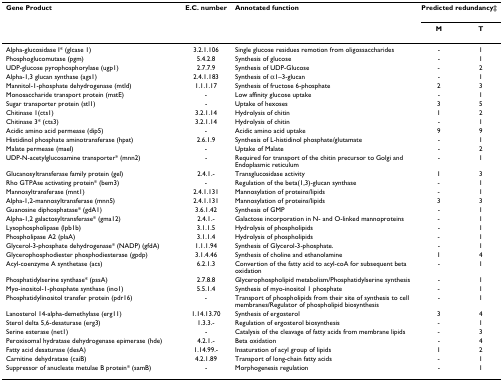
<table><thead><tr><td><b>Gene Product</b></td><td><b>E.C. number</b></td><td><b>Annotated function</b></td><td colspan="2"><b>Predicted redundancy‡</b></td></tr><tr><td></td><td></td><td></td><td><b>M</b></td><td><b>T</b></td></tr></thead><tbody><tr><td>Alpha-glucosidase I* (glcase 1)</td><td>3.2.1.106</td><td>Single glucose residues remotion from oligossaccharides</td><td>-</td><td>1</td></tr><tr><td>Phosphoglucomutase (pgm)</td><td>5.4.2.8</td><td>Synthesis of glucose</td><td>-</td><td>1</td></tr><tr><td>UDP-glucose pyrophosphorylase (ugp1)</td><td>2.7.7.9</td><td>Synthesis of UDP-Glucose</td><td>-</td><td>2</td></tr><tr><td>Alpha-1,3 glucan synthase (ags1)</td><td>2.4.1.183</td><td>Synthesis of α1–3-glucan</td><td>-</td><td>1</td></tr><tr><td>Mannitol-1-phosphate dehydrogenase (mtld)</td><td>1.1.1.17</td><td>Synthesis of fructose 6-phosphate</td><td>2</td><td>3</td></tr><tr><td>Monosaccharide transport protein (mstE)</td><td>-</td><td>Low affinity glucose uptake</td><td>-</td><td>1</td></tr><tr><td>Sugar transporter protein (stl1)</td><td>-</td><td>Uptake of hexoses</td><td>3</td><td>5</td></tr><tr><td>Chitinase 1(cts1)</td><td>3.2.1.14</td><td>Hydrolysis of chitin</td><td>1</td><td>2</td></tr><tr><td>Chitinase 3* (cts3)</td><td>3.2.1.14</td><td>Hydrolysis of chitin</td><td>-</td><td>1</td></tr><tr><td>Acidic amino acid permease (dip5)</td><td>-</td><td>Acidic amino acid uptake</td><td>9</td><td>9</td></tr><tr><td>Histidinol phosphate aminotransferase (hpat)</td><td>2.6.1.9</td><td>Synthesis of L-histidinol phosphate/glutamate</td><td>-</td><td>1</td></tr><tr><td>Malate permease (mael)</td><td>-</td><td>Uptake of Malate</td><td>-</td><td>2</td></tr><tr><td>UDP-N-acetylglucosamine transporter* (mnn2)</td><td>-</td><td>Required for transport of the chitin precursor to Golgi and Endoplasmic reticulum</td><td>-</td><td>1</td></tr><tr><td>Glucanosyltransferase family protein (gel)</td><td>2.4.1.-</td><td>Transglucosidase activity</td><td>1</td><td>3</td></tr><tr><td>Rho GTPAse activating protein* (bem3)</td><td>-</td><td>Regulation of the beta(1,3)-glucan synthase</td><td>-</td><td>1</td></tr><tr><td>Mannosyltransferase (mnt1)</td><td>2.4.1.131</td><td>Mannosylation of proteins/lipids</td><td>-</td><td>1</td></tr><tr><td>Alpha-1,2-mannosyltransferase (mnn5)</td><td>2.4.1.131</td><td>Mannosylation of proteins/lipids</td><td>3</td><td>3</td></tr><tr><td>Guanosine diphosphatase* (gdA1)</td><td>3.6.1.42</td><td>Synthesis of GMP</td><td>-</td><td>1</td></tr><tr><td>Alpha-1,2 galactosyltransferase* (gma12)</td><td>2.4.1.-</td><td>Galactose incorporation in N- and O-linked mannoproteins</td><td>-</td><td>1</td></tr><tr><td>Lysophospholipase (lpb1b)</td><td>3.1.1.5</td><td>Hydrolysis of phospholipids</td><td>-</td><td>1</td></tr><tr><td>Phospholipase A2 (plaA)</td><td>3.1.1.4</td><td>Hydrolysis of phospholipids</td><td>-</td><td>1</td></tr><tr><td>Glycerol-3-phosphate dehydrogenase* (NADP) (gfdA)</td><td>1.1.1.94</td><td>Synthesis of Glycerol-3-phosphate.</td><td>-</td><td>1</td></tr><tr><td>Glycerophosphodiester phosphodiesterase (gpdp)</td><td>3.1.4.46</td><td>Synthesis of choline and ethanolamine</td><td>1</td><td>4</td></tr><tr><td>Acyl-coenzyme A synthetase (acs)</td><td>6.2.1.3</td><td>Convertion of the fatty acid to acyl-coA for subsequent beta oxidation</td><td>-</td><td>1</td></tr><tr><td>Phosphatidylserine synthase* (pssA)</td><td>2.7.8.8</td><td>Glycerophospholipid metabolism/Phosphatidylserine synthesis</td><td>-</td><td>1</td></tr><tr><td>Myo-inositol-1-phosphate synthase (ino1)</td><td>5.5.1.4</td><td>Synthesis of myo-inositol 1 phosphate</td><td>-</td><td>1</td></tr><tr><td>Phosphatidylinositol transfer protein (pdr16)</td><td>-</td><td>Transport of phospholipids from their site of synthesis to cell membranes/Regulator of phospholipid biosynthesis</td><td>-</td><td>1</td></tr><tr><td>Lanosterol 14-alpha-demethylase (erg11)</td><td>1.14.13.70</td><td>Synthesis of ergosterol</td><td>3</td><td>4</td></tr><tr><td>Sterol delta 5,6-desaturase (erg3)</td><td>1.3.3.-</td><td>Regulation of ergosterol biosynthesis</td><td>-</td><td>1</td></tr><tr><td>Serine esterase (net1)</td><td>-</td><td>Catalysis of the cleavage of fatty acids from membrane lipids</td><td>-</td><td>3</td></tr><tr><td>Peroxisomal hydratase dehydrogenase epimerase (hde)</td><td>4.2.1.-</td><td>Beta oxidation</td><td>-</td><td>4</td></tr><tr><td>Fatty acid desaturase (desA)</td><td>1.14.99.-</td><td>Insaturation of acyl group of lipids</td><td>1</td><td>2</td></tr><tr><td>Carnitine dehydratase (caiB)</td><td>4.2.1.89</td><td>Transport of long-chain fatty acids</td><td>-</td><td>1</td></tr><tr><td>Suppressor of anucleate metulae B protein* (samB)</td><td>-</td><td>Morphogenesis regulation</td><td>-</td><td>1</td></tr></tbody></table>